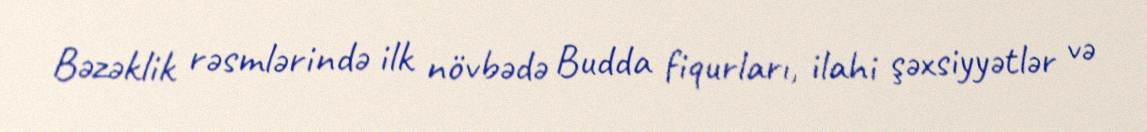
Bəzəklik rəsmlərində ilk növbədə Budda fiqurları, ilahi şəxsiyyətlər və